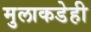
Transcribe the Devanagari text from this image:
मुलाकडेही